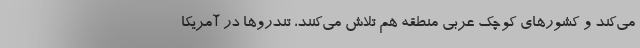
می‌کند و کشورهای کوچک عربی منطقه هم تلاش می‌کنند، تندروها در آمریکا